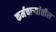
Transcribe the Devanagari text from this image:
कर्मचार्‍यांतील